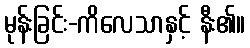
မုန်းခြင်း-ကိလေသာနှင့် နီး၏။